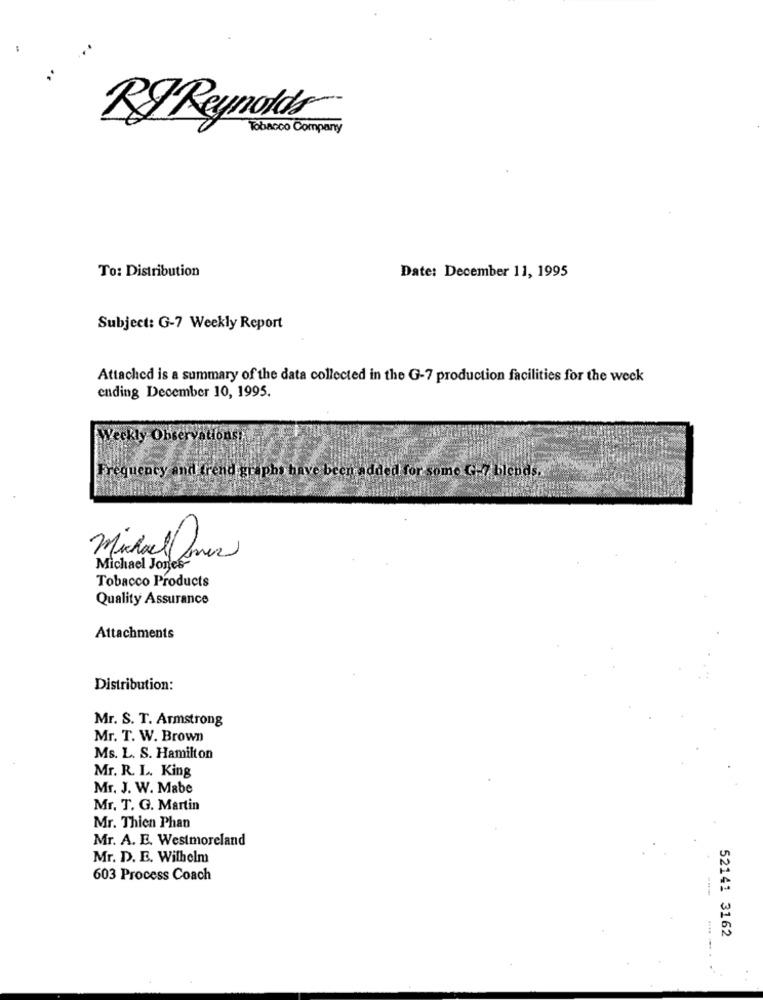
RJ Reynolds
Tobacco Company
To: Distribution
Date: December 11, 1995
Subject: G-7 Weekly Report
Attached is a summary of the data collected in the G-7 production facilities for the week
ending December 10, 1995.
Weekly Observationsy
Frequency and (rend graphs have been added for some G-7 blends.
Michael Omer
Michael Jones-
Tobacco Products
Quality Assurance
Attachments
Distribution:
Mr. S. T. Armstrong
Mr. T. W. Brown
Ms. L. S. Hamilton
Mr. R. L. King
Mr. J. W. Mabe
Mr. T. G. Martin
Mr. Thien Phan
Mr. A. E. Westmoreland
Mr. D. E. Wilhelm
603 Process Coach
52141 3162